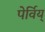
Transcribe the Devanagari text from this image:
पेर्विय्